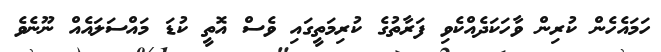
ހަމައެހެން ކުރިން ވާހަކަދެއްކެވި ފަރާތުގެ ކުރިމަތީގައި ވެސް އޮތީ ކުޑަ މައްސަލައެއް ނޫނެވެ